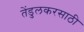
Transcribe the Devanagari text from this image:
तेंडुलकरसाठी